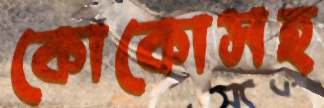
কোকোসহ